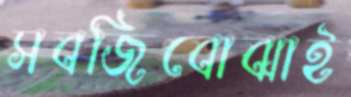
সবজিবোঝাই